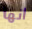
انها